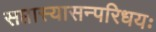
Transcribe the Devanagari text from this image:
सप्तास्यासन्परिधयः